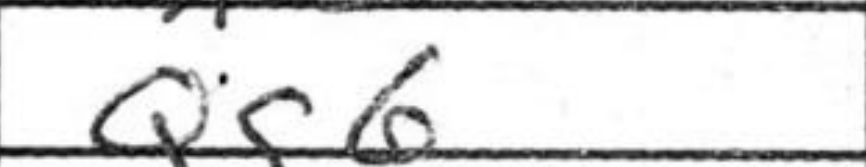
Transcription: Qg6